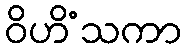
ဝိဟိံသကာ